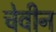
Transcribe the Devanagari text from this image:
चेवीन